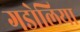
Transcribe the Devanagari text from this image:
गडोलिया